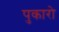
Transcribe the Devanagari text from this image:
पुकारो